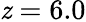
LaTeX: \mathit{z}=6.0